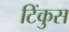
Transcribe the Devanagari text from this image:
टिंकुस